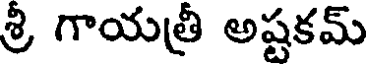
శ్రీ గాయత్రీ అష్టకమ్